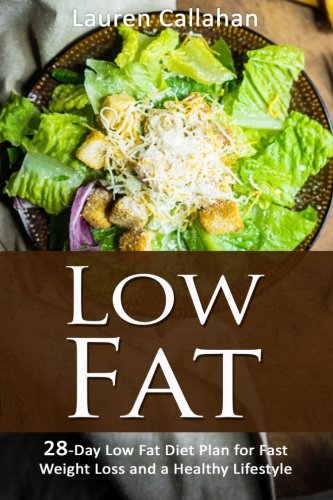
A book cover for Low Fat: 28-Day Low Fat Diet Plan for Fast Weight Loss and a Healthy Lifestyle; Lauren Callahan; Cookbooks, Food & Wine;